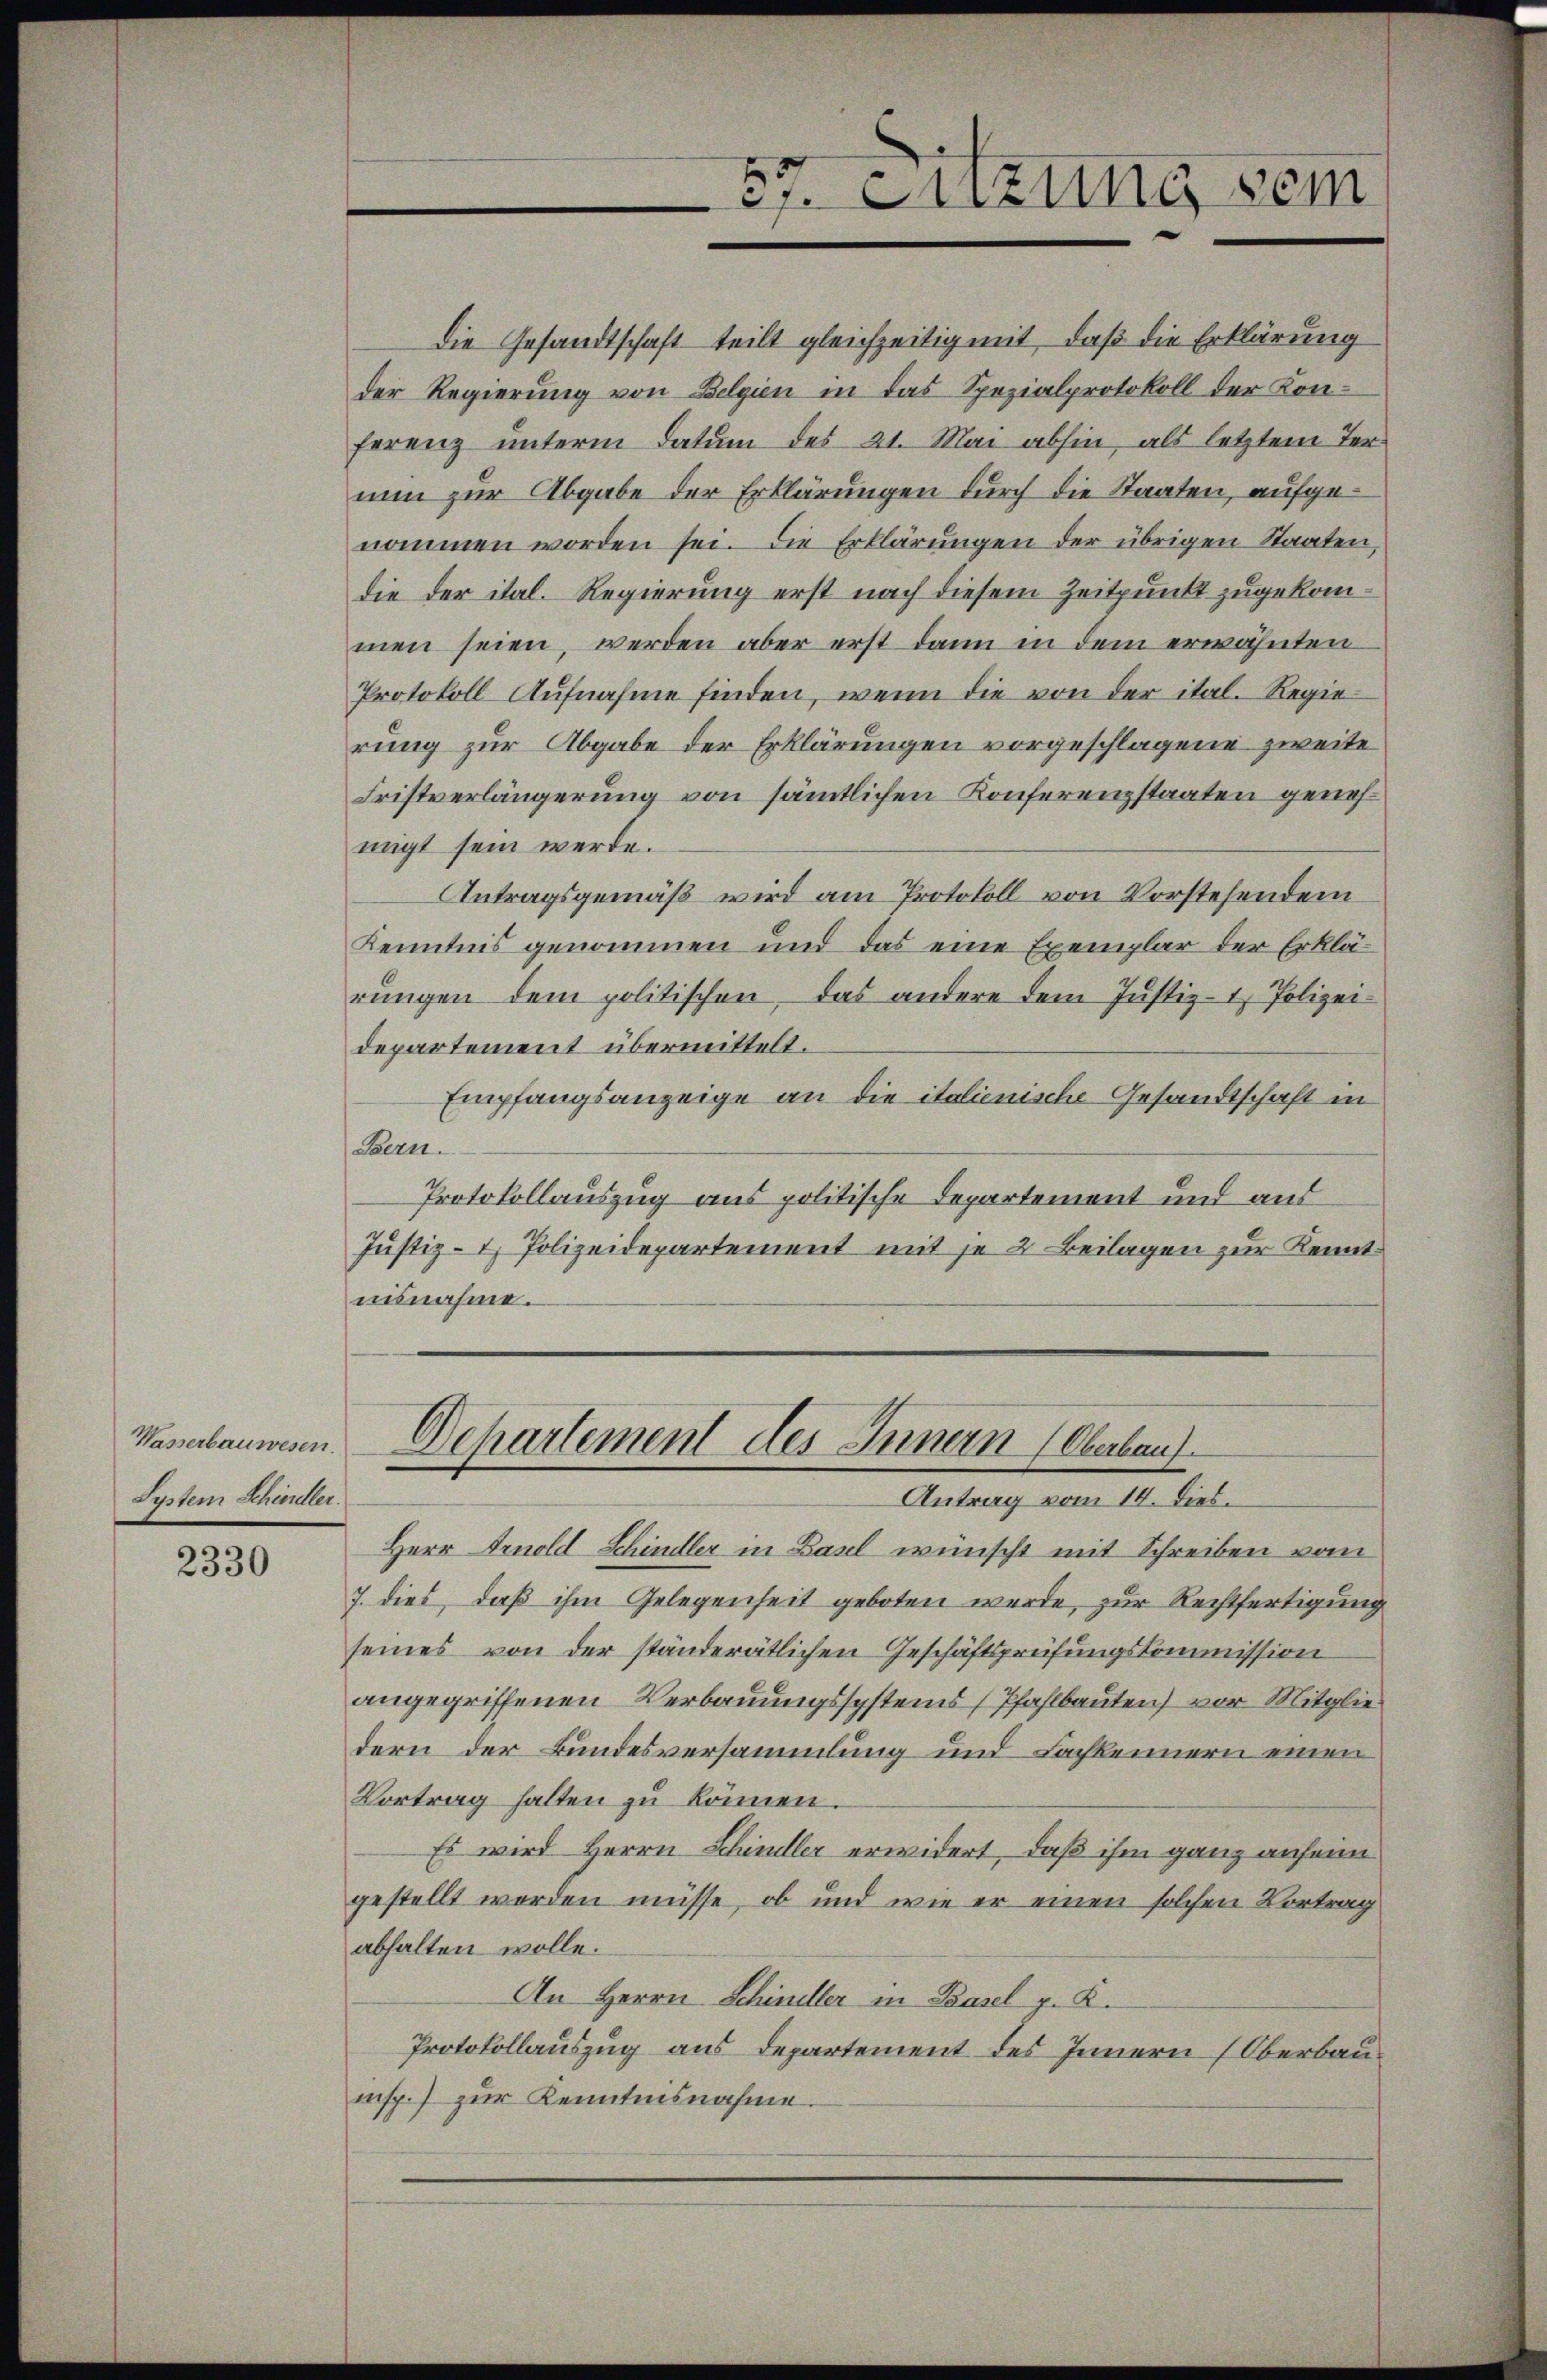
Wasserbauwesen.
System Schindler.

2330

Die Gesandtschaft teilt gleichzeitig mit, daß die Erklärung
der Regierung von Belgien in das Spezialprotokoll der Konferenz unterm Datum des 21. Mai abhin, als letztem Ternun zur Abgabe der Erklärungen durch die Staaten, aufgenommen worden sei. Die Erklärungen der übrigen Staaten,
die der ital. Regierung erst nach diesem Zeitpunkt zugekommen seien, werden aber erst dann in dem erwähnten
Protokoll Aufnahme finden, wenn die von der ital. Regie
rung zur Abgabe der Erklärungen vorgeschlagene zweite
Fristverlängerung von sämmtlichen Konferenzstaaten genehmigt sein werde.
Antragsgemäß wird am Protokoll von Vorstehendem
Kenntnis genommen und das eine Exemplar der Erklärungen dem politischen, das andere dem Justiz- & Polizei
departement übermittelt.
Empfangsanzeige an die italienische Gesandtschaft in
Baern.
Protokollauszug aus politische Departement und aus
Justiz- & Polizeidepartement mit je 2 Beilagen zur Kenntnisnahme.

Herr Arnold Schindler in Basel wünscht mit Schreiben vom
7. dies, daß ihm Gelegenheit geboten werde, zur Rechtfertigung
seines von der ständerätlichen Geschäftsprüfungskommission
angegriffenen Verbauungssystems (Pfahlbauten) vor Mitgliedern der Bundesversammlung und Lachkennern einen
Vortrag halten zu können.
Es wird Herrn Schindler erwidert, daß ihm ganz anfeine
gestellt worden müsse, ob und wie er einen solchen Vortrag
abhalten wolle.
An Herrn Schineller in Basel z. K.
Protokollauszug aus Departement des Innern (Oberbauisp. zur Kenntnisnahme.

es. Stizung sein

Departement des Innern (Oberbau
Antrag vom 14. Dies.